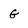
Character: G